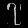
Digit: ၇